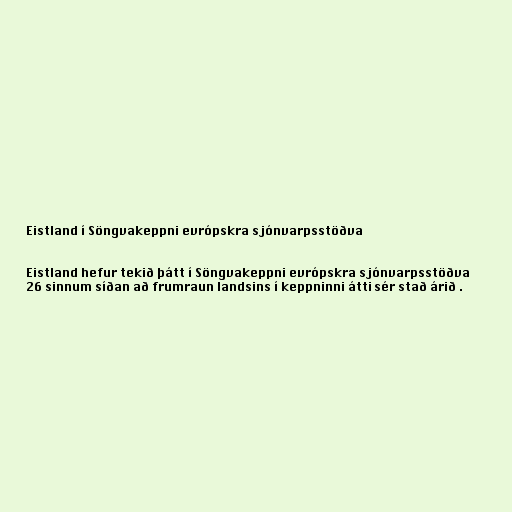
Eistland í Söngvakeppni evrópskra sjónvarpsstöðva

Eistland hefur tekið þátt í Söngvakeppni evrópskra sjónvarpsstöðva
26 sinnum síðan að frumraun landsins í keppninni átti sér stað árið .